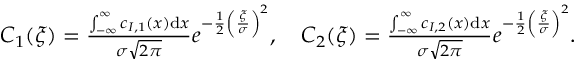
\begin{array} { r l } & { C _ { 1 } ( \xi ) = \frac { \int _ { - \infty } ^ { \infty } c _ { I , 1 } ( x ) \mathrm { d } x } { \sigma \sqrt { 2 \pi } } e ^ { - \frac { 1 } { 2 } \left( \frac { \xi } { \sigma } \right) ^ { 2 } } , \quad C _ { 2 } ( \xi ) = \frac { \int _ { - \infty } ^ { \infty } c _ { I , 2 } ( x ) \mathrm { d } x } { \sigma \sqrt { 2 \pi } } e ^ { - \frac { 1 } { 2 } \left( \frac { \xi } { \sigma } \right) ^ { 2 } } . } \end{array}